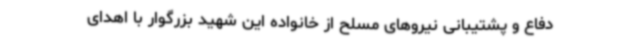
دفاع و پشتیبانی نیروهای مسلح از خانواده این شهید بزرگوار با اهدای